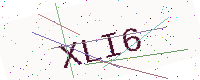
Text: XLI6